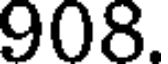
908.